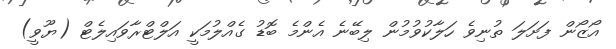
އޯޒޯން ފަށަލަ ތުނިވެ ހަލާކުވުމުން ލިބޭނެ އެންމެ ބޮޑު ގެއްލުމަކީ އަލްޓްރާވައިލެޓް (ޔޫވީ)